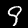
Label: 9